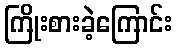
ကြိုးစားခဲ့ကြောင်း